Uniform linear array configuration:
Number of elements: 32
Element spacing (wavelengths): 0.5
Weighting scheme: hann
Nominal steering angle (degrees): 60
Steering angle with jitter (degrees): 58.017
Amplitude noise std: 0.05
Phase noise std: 0.05

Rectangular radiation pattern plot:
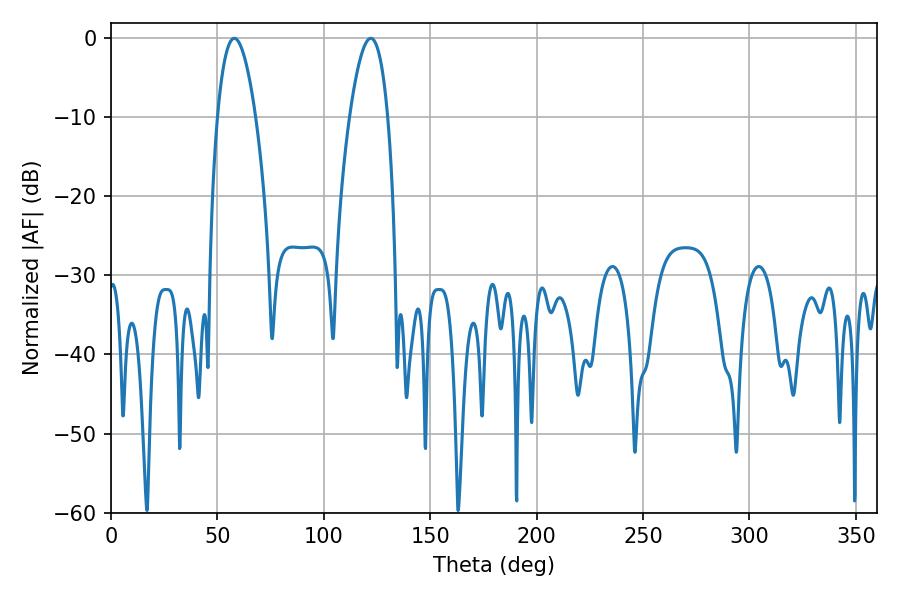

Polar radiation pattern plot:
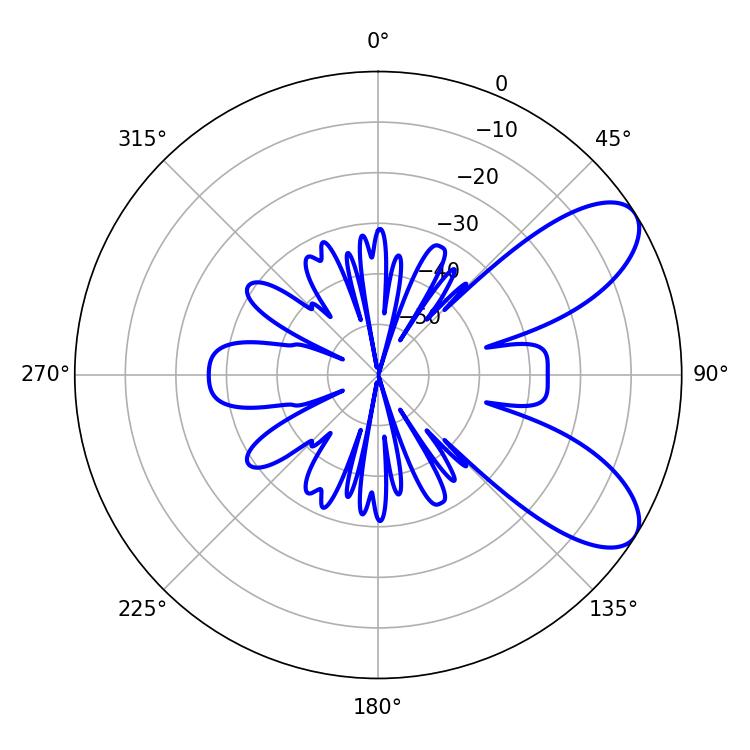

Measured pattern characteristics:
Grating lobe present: FALSE
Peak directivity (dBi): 8.035
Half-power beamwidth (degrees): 9.9
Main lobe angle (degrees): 57.96